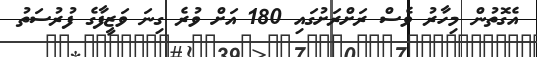
އެގޮތުން މިހާރު ވެސް ރަށްރަށުގައި 180 އަށް ވުރެ ގިނަ ވަޒީފާގެ ފުރުސަތު